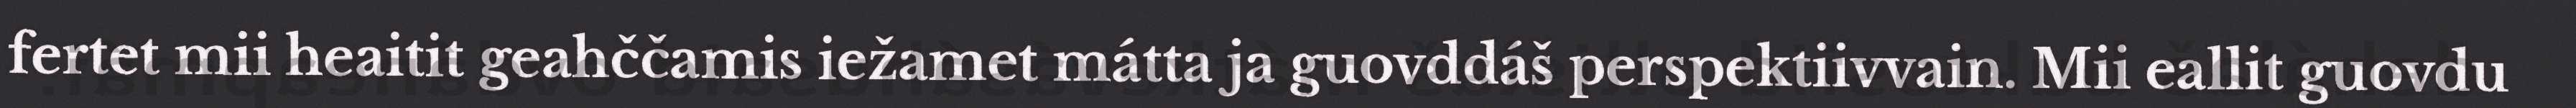
fertet mii heaitit geahččamis iežamet mátta ja guovddáš perspektiivvain. Mii eallit guovdu